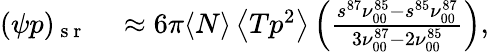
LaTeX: \begin{array}{rl}{(\psi p)_{\mathrm{~s~r~}}}&{{}\approx 6\pi\langle N\rangle\left\langle Tp^{2}\right\rangle\left(\frac{s^{87}\nu_{00}^{85}-s^{85}\nu_{00}^{87}}{3\nu_{00}^{87}-2\nu_{00}^{85}}\right),}\end{array}